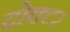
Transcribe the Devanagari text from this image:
दोक्टर